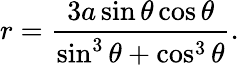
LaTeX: r={\frac{3a\sin\theta\cos\theta}{\sin^{3}\theta+\cos^{3}\theta}}.